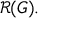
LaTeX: { \mathcal { R } } ( G ) .